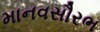
માનવસૌરભ